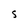
Character: S